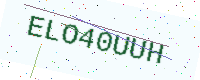
Text: ELO40UUH